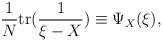
LaTeX: \begin{align*}{1\over N}{\rm{tr}}({1\over \xi-X}) \equiv \Psi_X(\xi),\end{align*}